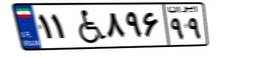
۹۱W۷۳۰۸۲